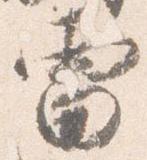
雷